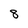
Character: 8